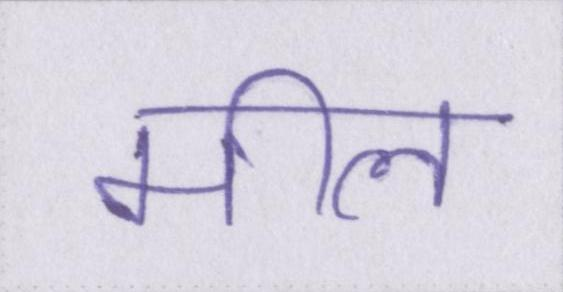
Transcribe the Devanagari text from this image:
मील